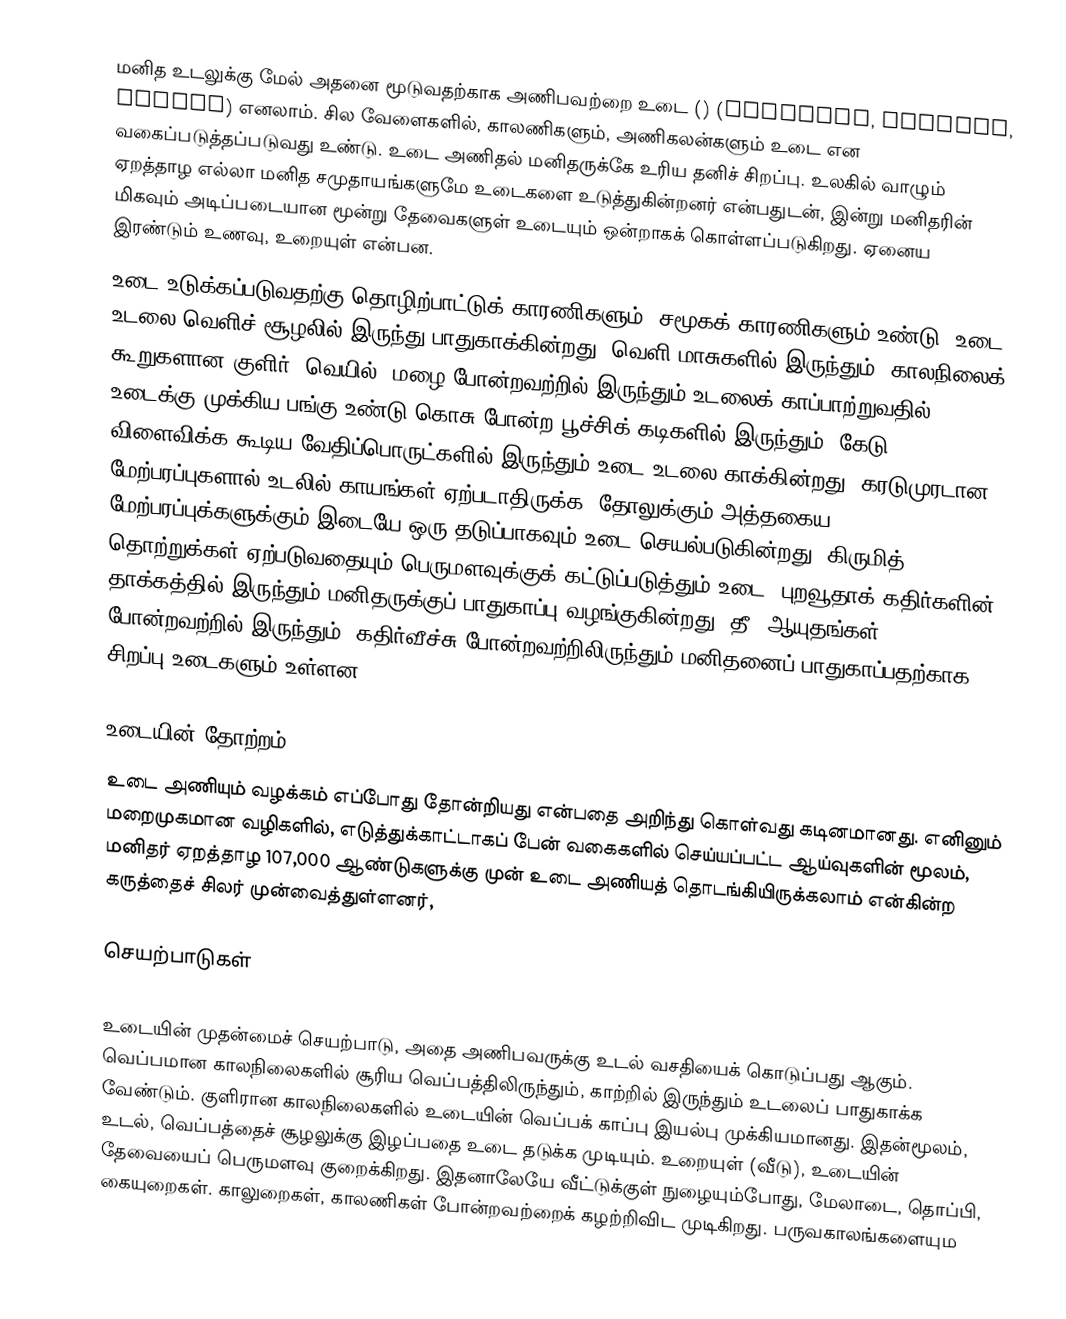
மனித உடலுக்கு மேல் அதனை மூடுவதற்காக அணிபவற்றை உடை ()  (clothing, clothes, attire) எனலாம். சில வேளைகளில், காலணிகளும், அணிகலன்களும் உடை என வகைப்படுத்தப்படுவது உண்டு. உடை அணிதல் மனிதருக்கே உரிய தனிச் சிறப்பு. உலகில் வாழும் ஏறத்தாழ எல்லா மனித சமுதாயங்களுமே உடைகளை உடுத்துகின்றனர் என்பதுடன், இன்று மனிதரின் மிகவும் அடிப்படையான மூன்று தேவைகளுள் உடையும் ஒன்றாகக் கொள்ளப்படுகிறது. ஏனைய இரண்டும் உணவு, உறையுள் என்பன.
உடை உடுக்கப்படுவதற்கு தொழிற்பாட்டுக் காரணிகளும், சமூகக் காரணிகளும் உண்டு. உடை உடலை வெளிச் சூழலில் இருந்து பாதுகாக்கின்றது. வெளி மாசுகளில் இருந்தும், காலநிலைக் கூறுகளான குளிர், வெயில், மழை போன்றவற்றில் இருந்தும் உடலைக் காப்பாற்றுவதில் உடைக்கு முக்கிய பங்கு உண்டு.கொசு போன்ற பூச்சிக் கடிகளில் இருந்தும், கேடு விளைவிக்க கூடிய வேதிப்பொருட்களில் இருந்தும் உடை உடலை காக்கின்றது. கரடுமுரடான மேற்பரப்புகளால் உடலில் காயங்கள் ஏற்படாதிருக்க, தோலுக்கும் அத்தகைய மேற்பரப்புக்களுக்கும் இடையே ஒரு தடுப்பாகவும் உடை செயல்படுகின்றது. கிருமித் தொற்றுக்கள் ஏற்படுவதையும் பெருமளவுக்குக் கட்டுப்படுத்தும் உடை, புறவூதாக் கதிர்களின் தாக்கத்தில் இருந்தும் மனிதருக்குப் பாதுகாப்பு வழங்குகின்றது. தீ, ஆயுதங்கள் போன்றவற்றில் இருந்தும், கதிர்வீச்சு போன்றவற்றிலிருந்தும் மனிதனைப் பாதுகாப்பதற்காக சிறப்பு உடைகளும் உள்ளன.

உடையின் தோற்றம்
உடை அணியும் வழக்கம் எப்போது தோன்றியது என்பதை அறிந்து கொள்வது கடினமானது. எனினும் மறைமுகமான வழிகளில், எடுத்துக்காட்டாகப் பேன் வகைகளில் செய்யப்பட்ட ஆய்வுகளின் மூலம், மனிதர் ஏறத்தாழ 107,000 ஆண்டுகளுக்கு முன் உடை அணியத் தொடங்கியிருக்கலாம் என்கின்ற கருத்தைச் சிலர் முன்வைத்துள்ளனர்,

செயற்பாடுகள்

உடையின் முதன்மைச் செயற்பாடு, அதை அணிபவருக்கு உடல் வசதியைக் கொடுப்பது ஆகும். வெப்பமான காலநிலைகளில் சூரிய வெப்பத்திலிருந்தும், காற்றில் இருந்தும் உடலைப் பாதுகாக்க வேண்டும். குளிரான காலநிலைகளில் உடையின் வெப்பக் காப்பு இயல்பு முக்கியமானது. இதன்மூலம், உடல், வெப்பத்தைச் சூழலுக்கு இழப்பதை உடை தடுக்க முடியும். உறையுள் (வீடு), உடையின் தேவையைப் பெருமளவு குறைக்கிறது. இதனாலேயே வீட்டுக்குள் நுழையும்போது, மேலாடை, தொப்பி, கையுறைகள். காலுறைகள், காலணிகள் போன்றவற்றைக் கழற்றிவிட முடிகிறது. பருவகாலங்களையும